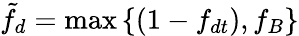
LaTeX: \tilde{f}_{d}=\operatorname*{max}\left\{ \left(1-f_{dt}\right),f_{B}\right\}